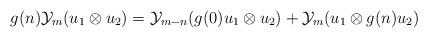
LaTeX: \begin{align*} g(n)\mathcal{Y}_m(u_1\otimes u_2)=\mathcal{Y}_{m-n}(g(0)u_1\otimes u_2)+\mathcal{Y}_m(u_1\otimes g(n)u_2)\end{align*}